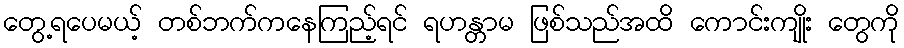
တွေ့ရပေမယ့် တစ်ဘက်ကနေကြည့်ရင် ရဟန္တာမ ဖြစ်သည်အထိ ကောင်းကျိုး တွေကို